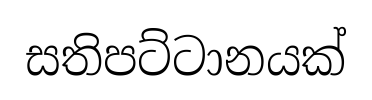
සතිපට්ටානයක්